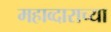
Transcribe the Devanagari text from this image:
महाव्दाराच्या